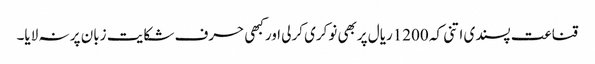
قناعت پسندی اتنی کہ 1200ریال پربھی نوکری کرلی اورکبھی حرف شکایت زبان پر نہ لایا۔